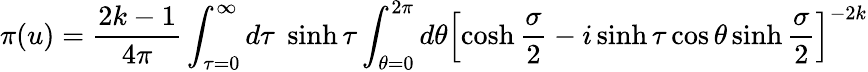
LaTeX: \pi(u)=\frac{2k-1}{4\pi}\int_{\tau=0}^{\infty}d\tau\; \sinh\tau\int_{\theta=0}^{2\pi}d\theta\left[\cosh\frac{\sigma}{2}-i\sinh\tau\cos\theta\sinh\frac{\sigma}{2}\right]^{-2k}